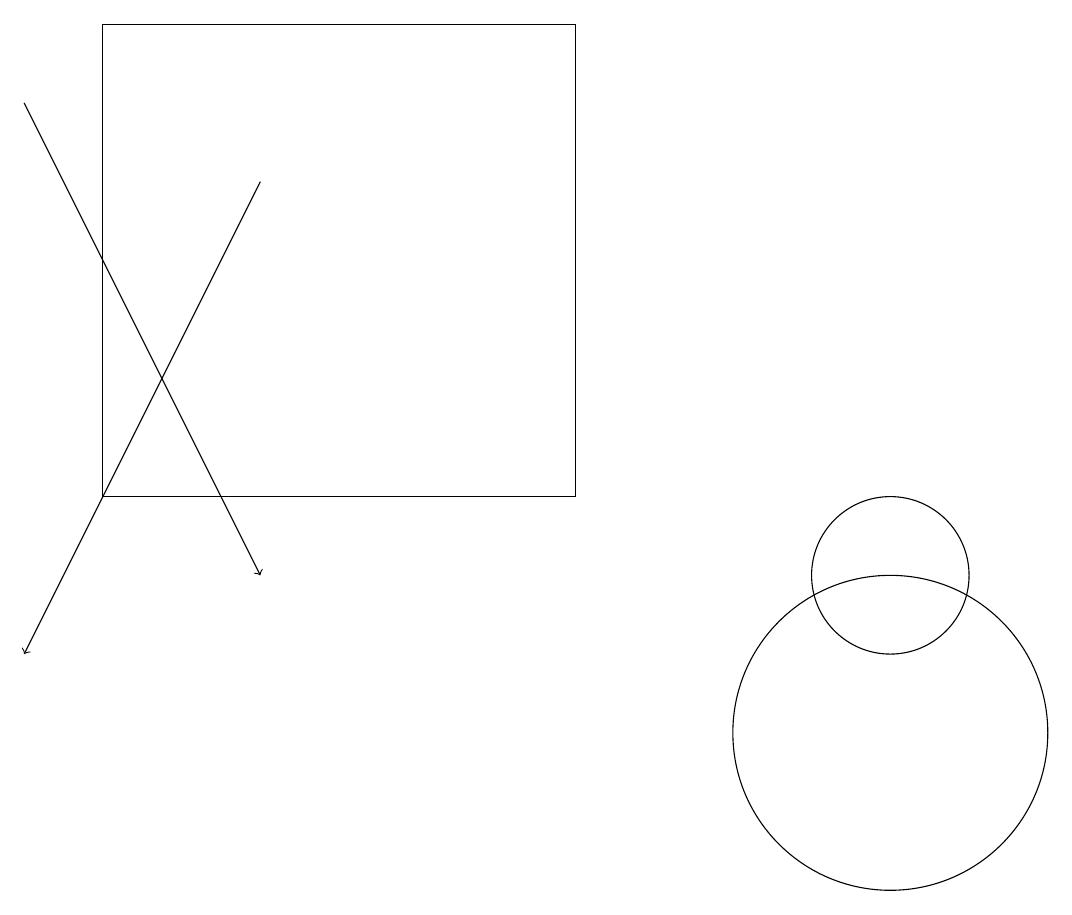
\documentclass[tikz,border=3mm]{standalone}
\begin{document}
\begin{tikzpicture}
\draw (1,19) rectangle (7,13);
\draw[->] (0,18) -- (3,12);
\draw[->] (3,17) -- (0,11);
\draw (11,10) circle (2);
\draw (11,12) circle (1);
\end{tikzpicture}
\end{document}